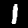
Digit: 1